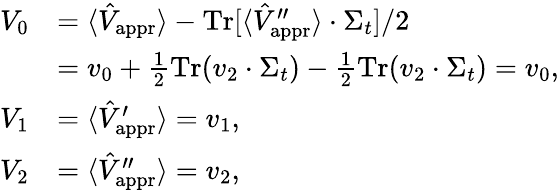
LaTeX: \begin{array}{rl}{V_{0}}&{=\langle\hat{V}_{\mathrm{appr}}\rangle-\operatorname{Tr}[\langle\hat{V}_{\mathrm{appr}}^{\prime\prime}\rangle\cdot\Sigma_{t}]/2}\\ &{=v_{0}+\frac{1}{2}\operatorname{Tr}(v_{2}\cdot\Sigma_{t})-\frac{1}{2}\operatorname{Tr}(v_{2}\cdot\Sigma_{t})=v_{0},}\\ {V_{1}}&{=\langle\hat{V}_{\mathrm{appr}}^{\prime}\rangle=v_{1},}\\ {V_{2}}&{=\langle\hat{V}_{\mathrm{appr}}^{\prime\prime}\rangle=v_{2},}\end{array}